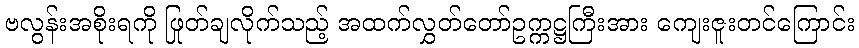
ဗလွန်းအစိုးရကို ဖြုတ်ချလိုက်သည့် အထက်လွှတ်တော်ဥက္ကဋ္ဌကြီးအား ကျေးဇူးတင်ကြောင်း